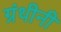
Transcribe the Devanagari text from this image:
ग्रंथीनी